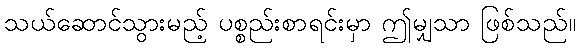
သယ်ဆောင်သွားမည့် ပစ္စည်းစာရင်းမှာ ဤမျှသာ ဖြစ်သည်။